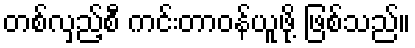
တစ်လှည့်စီ ကင်းတာဝန်ယူဖို့ ဖြစ်သည်။